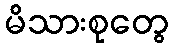
မိသားစုတွေ